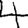
Digit: 4